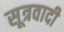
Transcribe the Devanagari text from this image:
सूत्रवादी